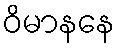
ဝိမာနနေ